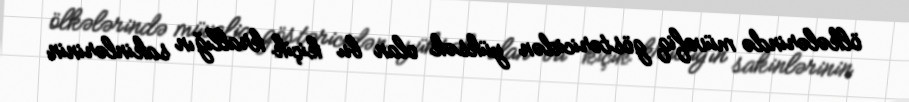
ölkələrində müvafiq göstəricidən yüksək olan bu kiçik krallığın sakinlərinin